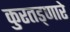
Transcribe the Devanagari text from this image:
कुरतड्णारे